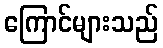
ကြောင်များသည်